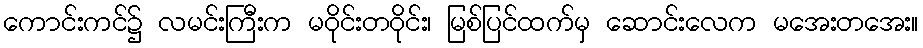
ကောင်းကင်၌ လမင်းကြီးက မဝိုင်းတဝိုင်း၊ မြစ်ပြင်ထက်မှ ဆောင်းလေက မအေးတအေး။